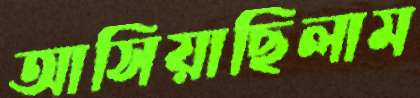
আসিয়াছিলাম